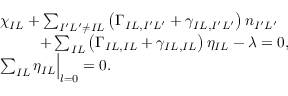
\begin{array} { r l } & { \chi _ { I L } + \sum _ { I ^ { \prime } L ^ { \prime } \ne I L } \left( \Gamma _ { I L , I ^ { \prime } L ^ { \prime } } + \gamma _ { I L , I ^ { \prime } L ^ { \prime } } \right) n _ { I ^ { \prime } L ^ { \prime } } } \\ & { ~ ~ ~ ~ ~ ~ ~ ~ + \sum _ { I L } \left( \Gamma _ { I L , I L } + \gamma _ { I L , I L } \right) \eta _ { I L } - \lambda = 0 , } \\ & { \sum _ { I L } \eta _ { I L } \Big \vert _ { l = 0 } = 0 . } \end{array}